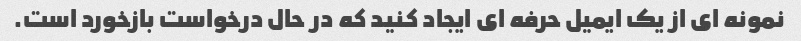
نمونه ای از یک ایمیل حرفه ای ایجاد کنید که در حال درخواست بازخورد است.